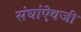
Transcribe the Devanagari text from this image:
संघांऐवजी